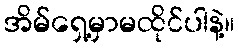
အိမ်ရှေ့မှာမထိုင်ပါနဲ့။